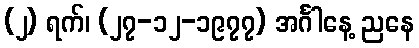
(၂) ရက်၊ (၂၇-၁၂-၁၉၇၇) အင်္ဂါနေ့ ညနေ